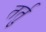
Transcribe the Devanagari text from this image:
तर्तु